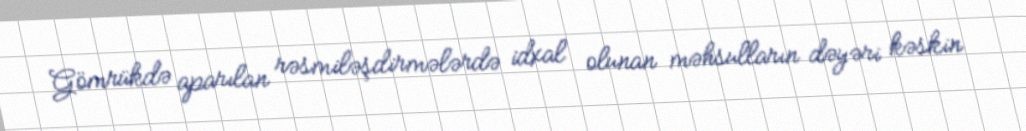
Gömrükdə aparılan rəsmiləşdirmələrdə idxal olunan məhsulların dəyəri kəskin